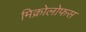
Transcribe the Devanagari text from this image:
मिक्रोलोफस